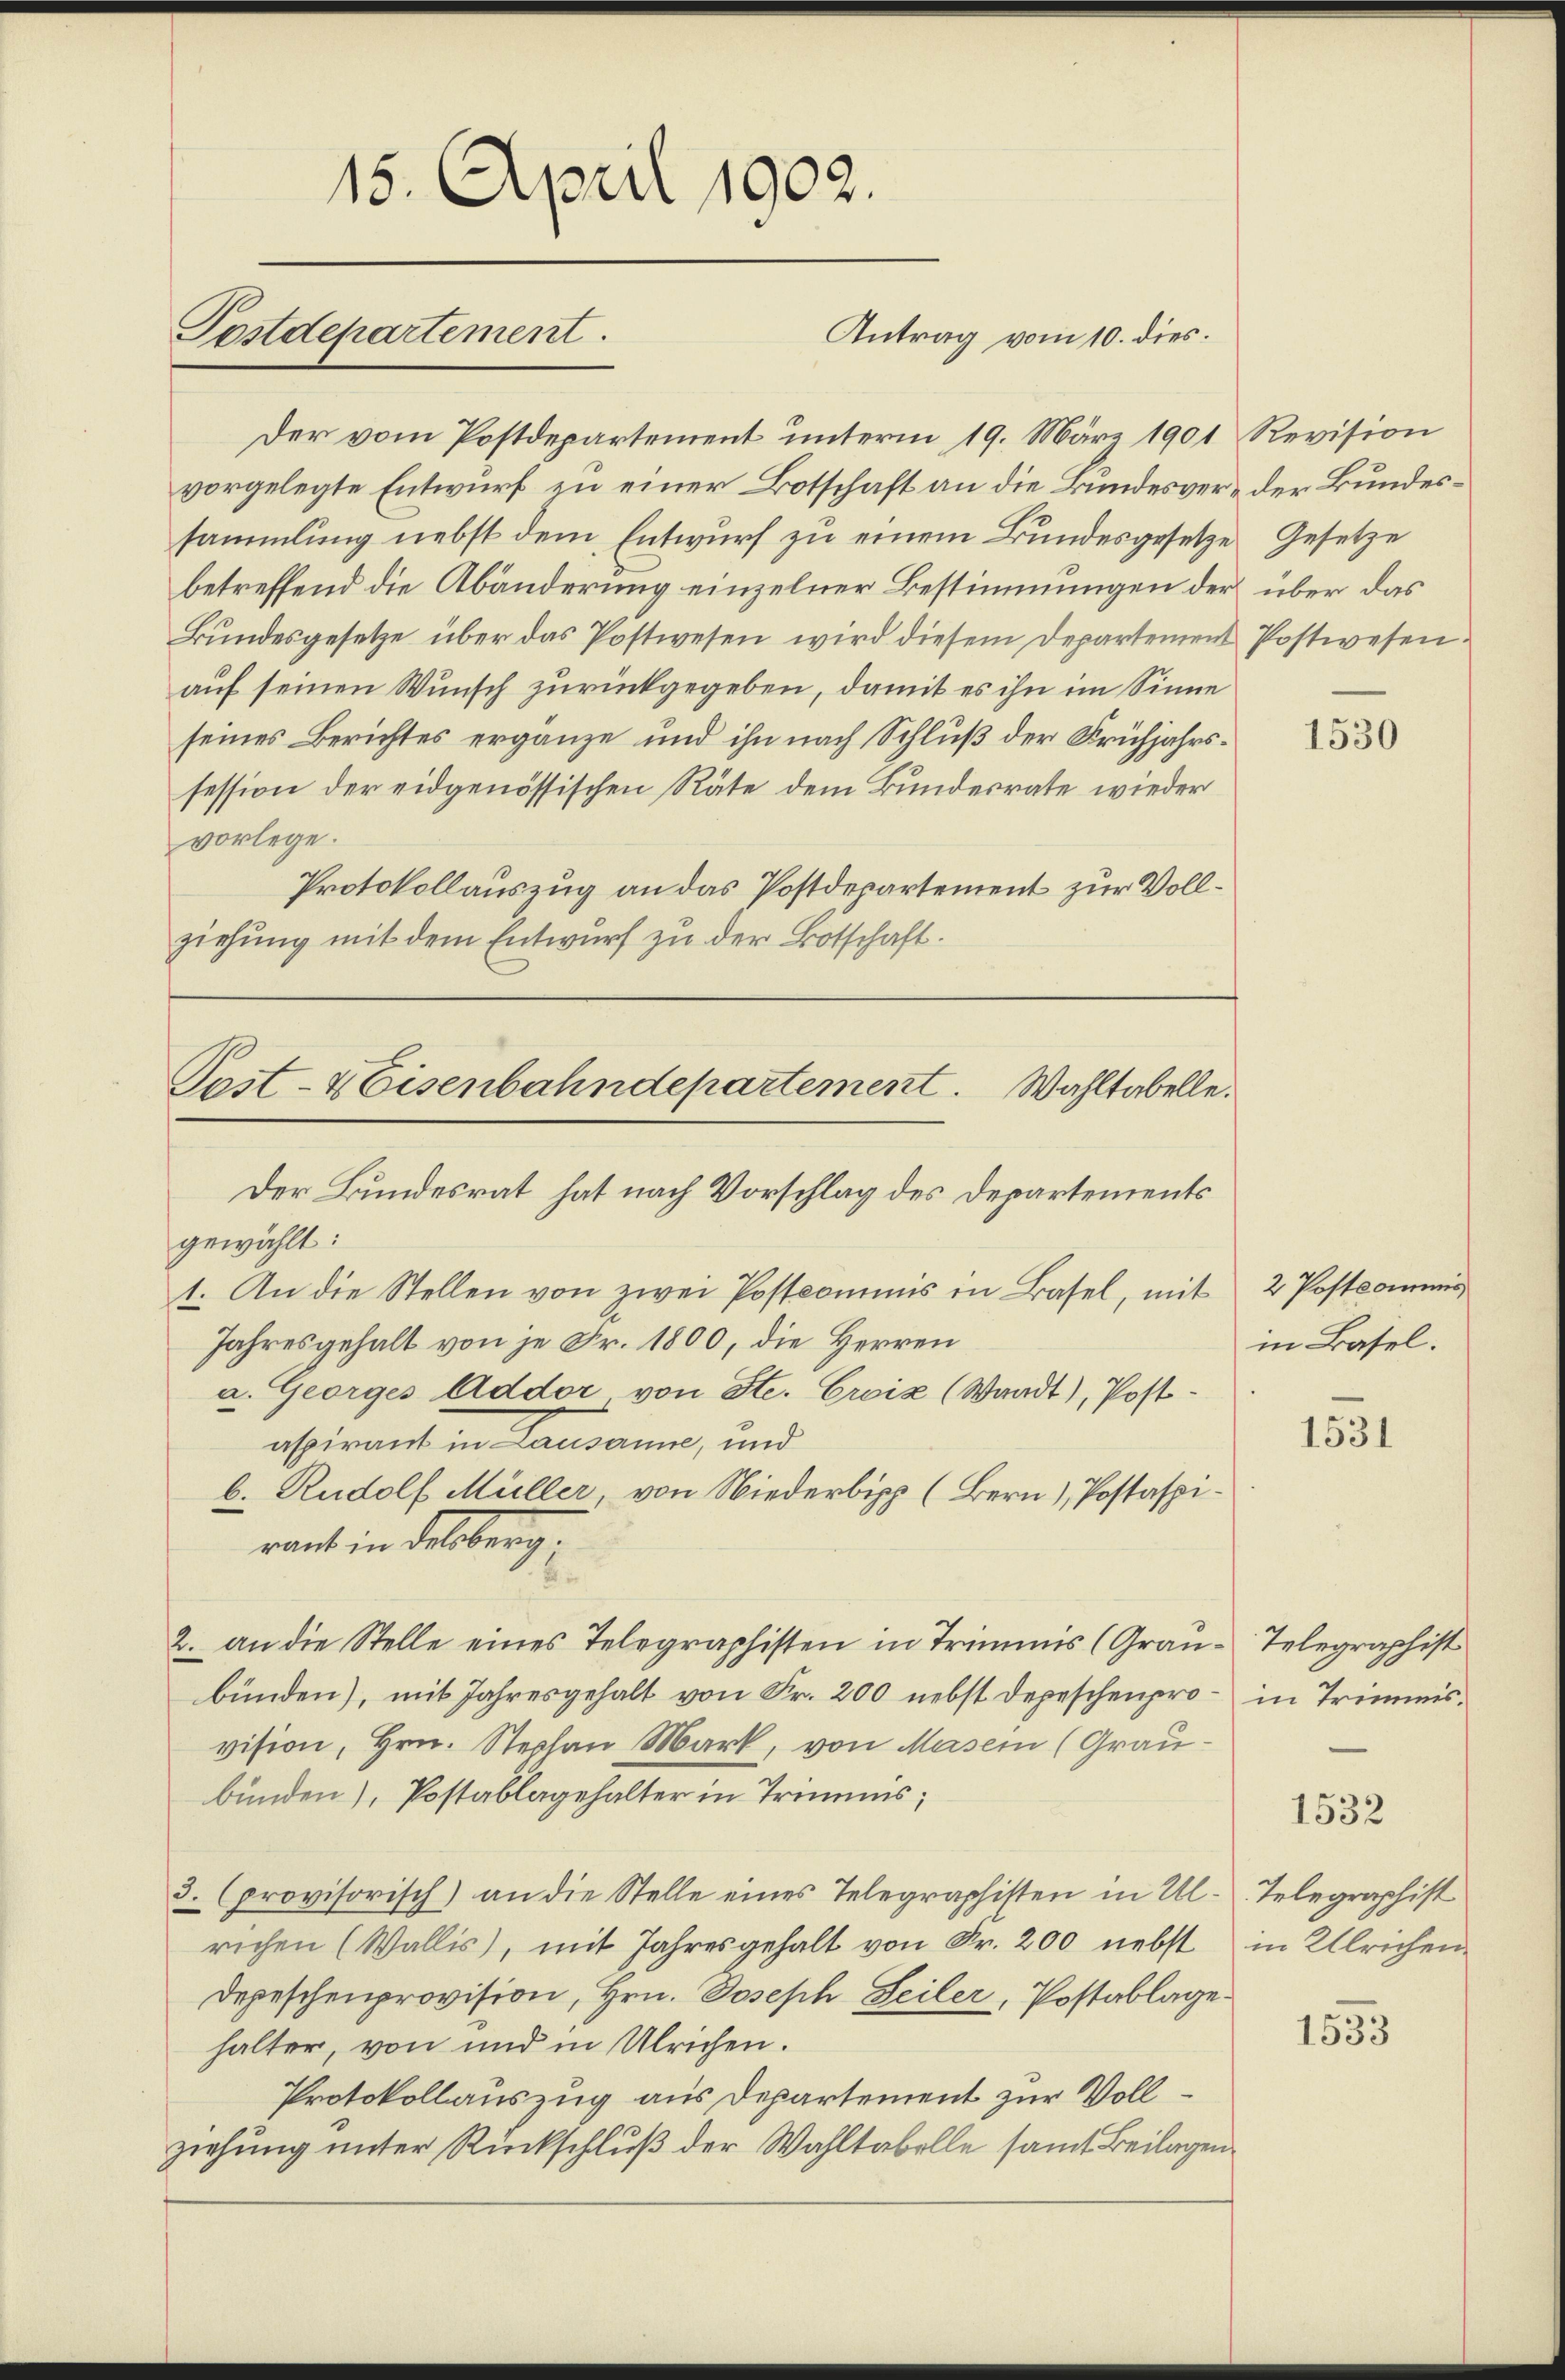
15. April 1902.
Postdepartement.
Antrag vom 10. dies

Post- & Eisenbahndepartement. Wahltabelle.
Der Bundesrat hat nach Vorschlag des Departements
gewählt:

Der vom Postdepartement unterm 19. März 1901 Revision
vorgelegte Entwurf zu einer Botschaft an die Bundesver- der Bundessammlung nebst dem Entwurf zu einem Bundesgesetze Gesetze
betreffend die Abänderung einzelner Bestimmungen der über das
Bundesgesetze über das Postwesen wird diesem Departement Postwesen.
auf seinen Wunsch zurückgegeben, damit es ihn im Sinne
seines Berichtes ergänze und ihn nach Schluß der Frühjahrssession der eidgenössischen Räte dem Bundesrate wieder
vorlege.
Protokollauszug an das Postdepartement zur Vollziehung mit dem Entwurf zu der Botschaft.
1. An die Stellen von zwei Postkommnis in Basel, mit
Jahresgehalt von je Fr. 1800, die Herren
a. Georges Addor von Ste. Croix (Waadt), Postaßirend in Lausann, und
b. Rudolf Müller von Niederbipp (Bern), Postaspirant in Felberg.
.
2. an die Stelle eines Telegraphisten in Trimmis (Grau-Telegraphist
bünden), mit Jahresgehalt von Fr. 200 nebst Depeschenpro – in Trimmisvision, Hrn. Stephan Mark, von Masein (Graubunden), Postablagehalter in Trimmis;
3. (provisorisch) an die Stelle eines Telegraphisten in Al. Telegraphist
richen (Wallis), mit Jahresgehalt von Fr. 200 nebst
Depeschenprovision, Hrn. Joseph Seiler, Postablage
halter, von und in Ulrichen.
Protokollauszug aus Departement zur Vollziehung unter Rückschluß der Wahltabelle samt Beilagen

1530

2 Postkommis
in Basel.

1531

1532

in Ulrichen

1533